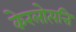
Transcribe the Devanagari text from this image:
केरलोत्पत्ति